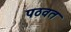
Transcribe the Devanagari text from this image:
पठवत